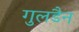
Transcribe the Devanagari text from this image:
गुलडैन